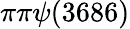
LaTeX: \pi\pi\psi(3686)